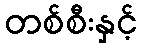
တစ်စီးနှင့်